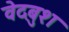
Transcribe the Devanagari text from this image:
वेदबुश